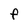
Character: F